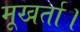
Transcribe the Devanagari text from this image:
मूखर्ता।